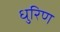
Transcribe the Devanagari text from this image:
धुरिण